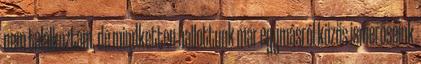
nem találkoztam, de mindketten hallottunk már egymásról közös ismerőseink